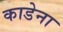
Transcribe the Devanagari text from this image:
काडेना